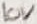
Text: 10V